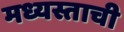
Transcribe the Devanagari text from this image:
मध्यस्ताची